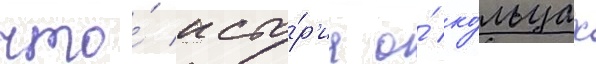
что́ исто́р'иа о́ ко́льцах